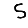
Digit: 5